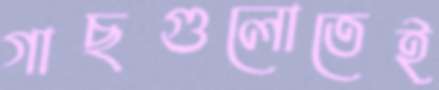
গাছগুলোতেই